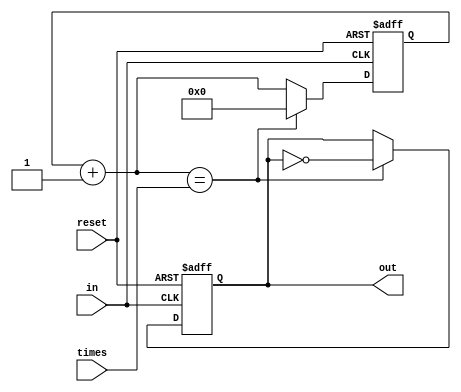
module Divider(reset, in, out, times);
	 localparam width = 9;
    input       in, reset;
    input       [width:0] times;
    output reg  out;
	 
    reg [width: 0]  count;

    always @ (posedge in or negedge reset) 
    begin
        if(~reset) 
        begin
            out   <= 0;
            count <= 0;
        end 
        else 
        begin
            count = count + 1;
            if(count == times) begin
                out   <= ~out;
                count <= 0;
            end
        end
    end
endmodule